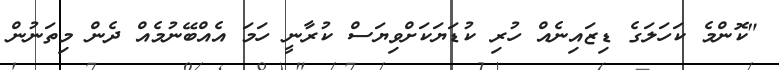
"ކޮންމެ ކަހަލަގެ ޑިޒައިނެއް ހުރި ކުޑަޔަކަށްވިޔަސް ކުރާނީ ހަމަ އެއްބޭނުމެއް ދެން މިތަނުން